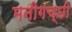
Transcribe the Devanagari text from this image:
मनीगच्छी